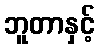
ဘူတာနှင့်